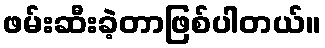
ဖမ်းဆီးခဲ့တာဖြစ်ပါတယ်။